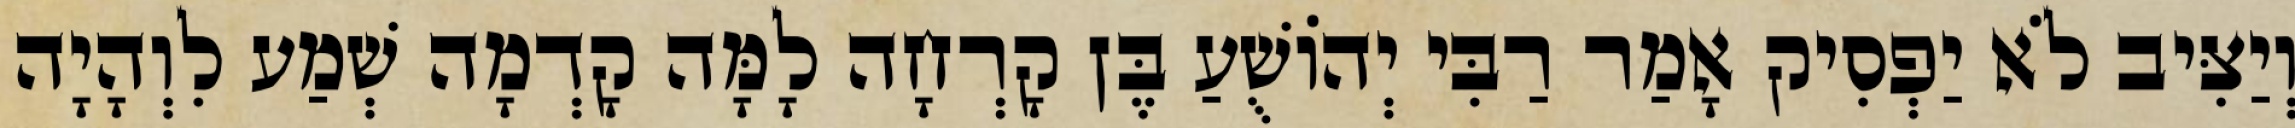
וְיַצִּיב לֹא יַפְסִיק אָמַר רַבִּי יְהוֹשֻׁעַ בֶּן קָרְחָה לָמָּה קָדְמָה שְׁמַע לִוְהָיָה